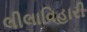
લીલાવિહારી